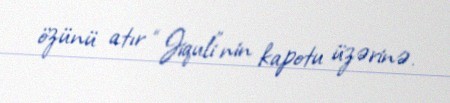
özünü atır “Jiquli”nin kapotu üzərinə.